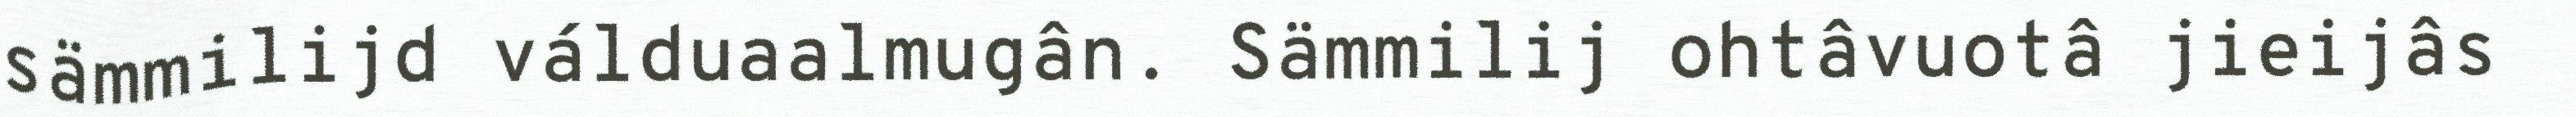
sämmilijd válduaalmugân. Sämmilij ohtâvuotâ jieijâs